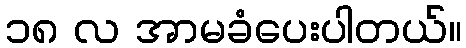
၁၈ လ အာမခံပေးပါတယ်။